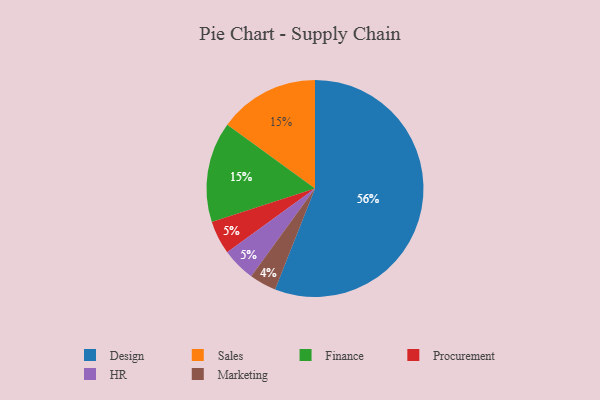
{"axis": {"x": "Category", "y": "Percentage"}, "legend": ["Design", "Finance", "HR", "Marketing", "Procurement", "Sales"], "data": [{"x": "Procurement", "y": 5, "type": "Procurement"}, {"x": "Design", "y": 56, "type": "Design"}, {"x": "Sales", "y": 15, "type": "Sales"}, {"x": "Finance", "y": 15, "type": "Finance"}, {"x": "Marketing", "y": 4, "type": "Marketing"}, {"x": "HR", "y": 5, "type": "HR"}]}